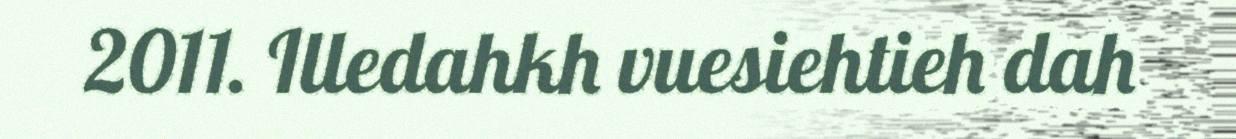
2011. Illedahkh vuesiehtieh dah